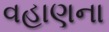
વહાણના